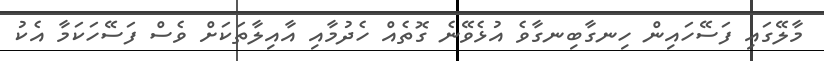
މާލޭގައި ފަސޭހައިން ހިނގާބިނގާވެ އުޅެވޭނެ ގޮތެއް ހެދުމާއި އާއިލާތަކަށް ވެސް ފަސޭހަކަމާ އެކު